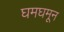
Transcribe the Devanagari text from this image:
घमघमून